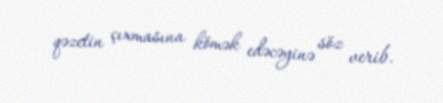
qəzetin çıxmasına kömək edəcəyinə söz verib.